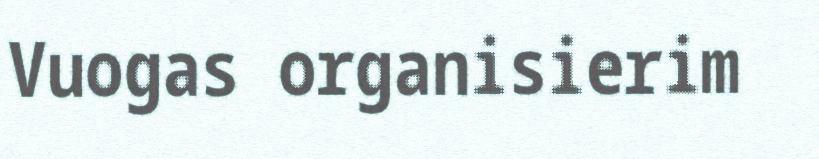
Vuogas organisierim